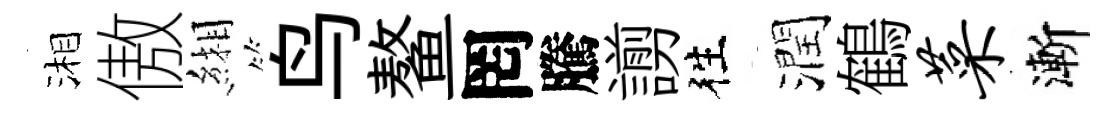
湘傲緗鸟鳌罔騰謭徃潤鶴菜漸